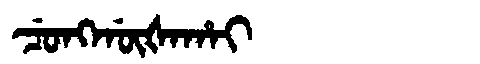
Manchu: ᠴᡠᠩᡤᡡᡧᠠᡥᠠᡳ
Romanization: CUNGGŪŠAHAI